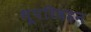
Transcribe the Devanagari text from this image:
भूपरिवहन